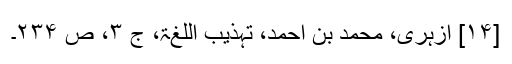
[۱۴] ازہری، محمد بن احمد، تہذیب اللغۃ، ج ۳، ص ۲۳۴۔